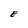
Character: E